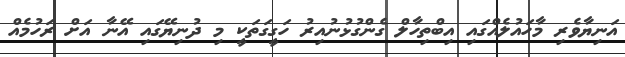
އަނިޔާވެރި މާހައުލެއްގައި އިބްތިހާލް ގެންގުޅުނުއިރު ހަގީގަތަކީ މި ދުނިޔޭގައި އޭނާ އަށް ރަހުމެއް